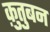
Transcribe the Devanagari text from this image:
क़ुतुबन